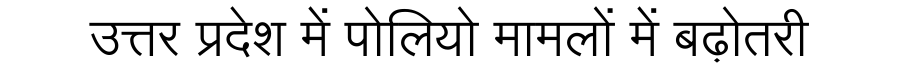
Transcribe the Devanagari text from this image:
उत्तर प्रदेश में पोलियो मामलों में बढ़ोतरी